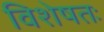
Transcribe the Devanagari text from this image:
विशेषतः